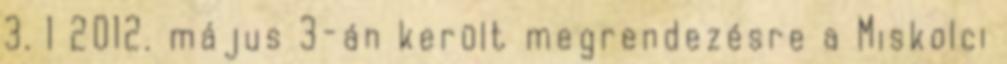
3. 1 2012. május 3-án került megrendezésre a Miskolci